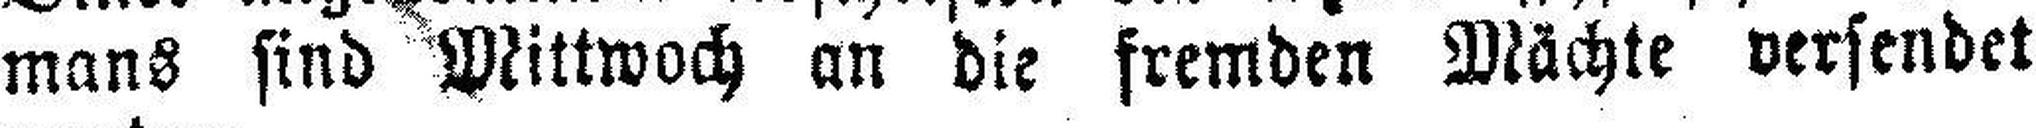
mans sind Mittwoch an die fremden Mächte versendet